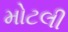
મોટલી